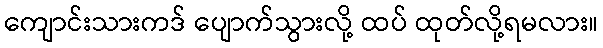
ကျောင်းသားကဒ် ပျောက်သွားလို့ ထပ် ထုတ်လို့ရမလား။